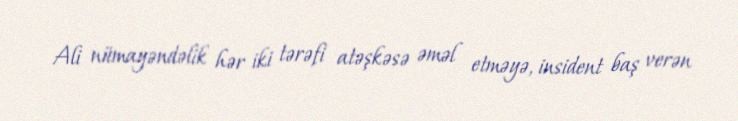
Ali nümayəndəlik hər iki tərəfi atəşkəsə əməl etməyə, insident baş verən